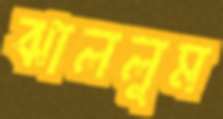
ঝাললুম